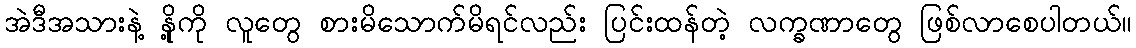
အဲဒီအသားနဲ့ နို့ကို လူတွေ စားမိသောက်မိရင်လည်း ပြင်းထန်တဲ့ လက္ခဏာတွေ ဖြစ်လာစေပါတယ်။